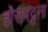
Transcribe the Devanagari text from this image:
होसपट्टना